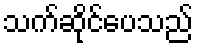
သက်ဆိုင်ပေသည်